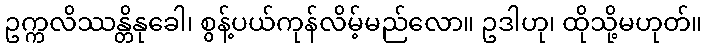
ဥက္ကလိဿန္တိနုခေါ၊ စွန့်ပယ်ကုန်လိမ့်မည်လော။ ဥဒါဟု၊ ထိုသို့မဟုတ်။